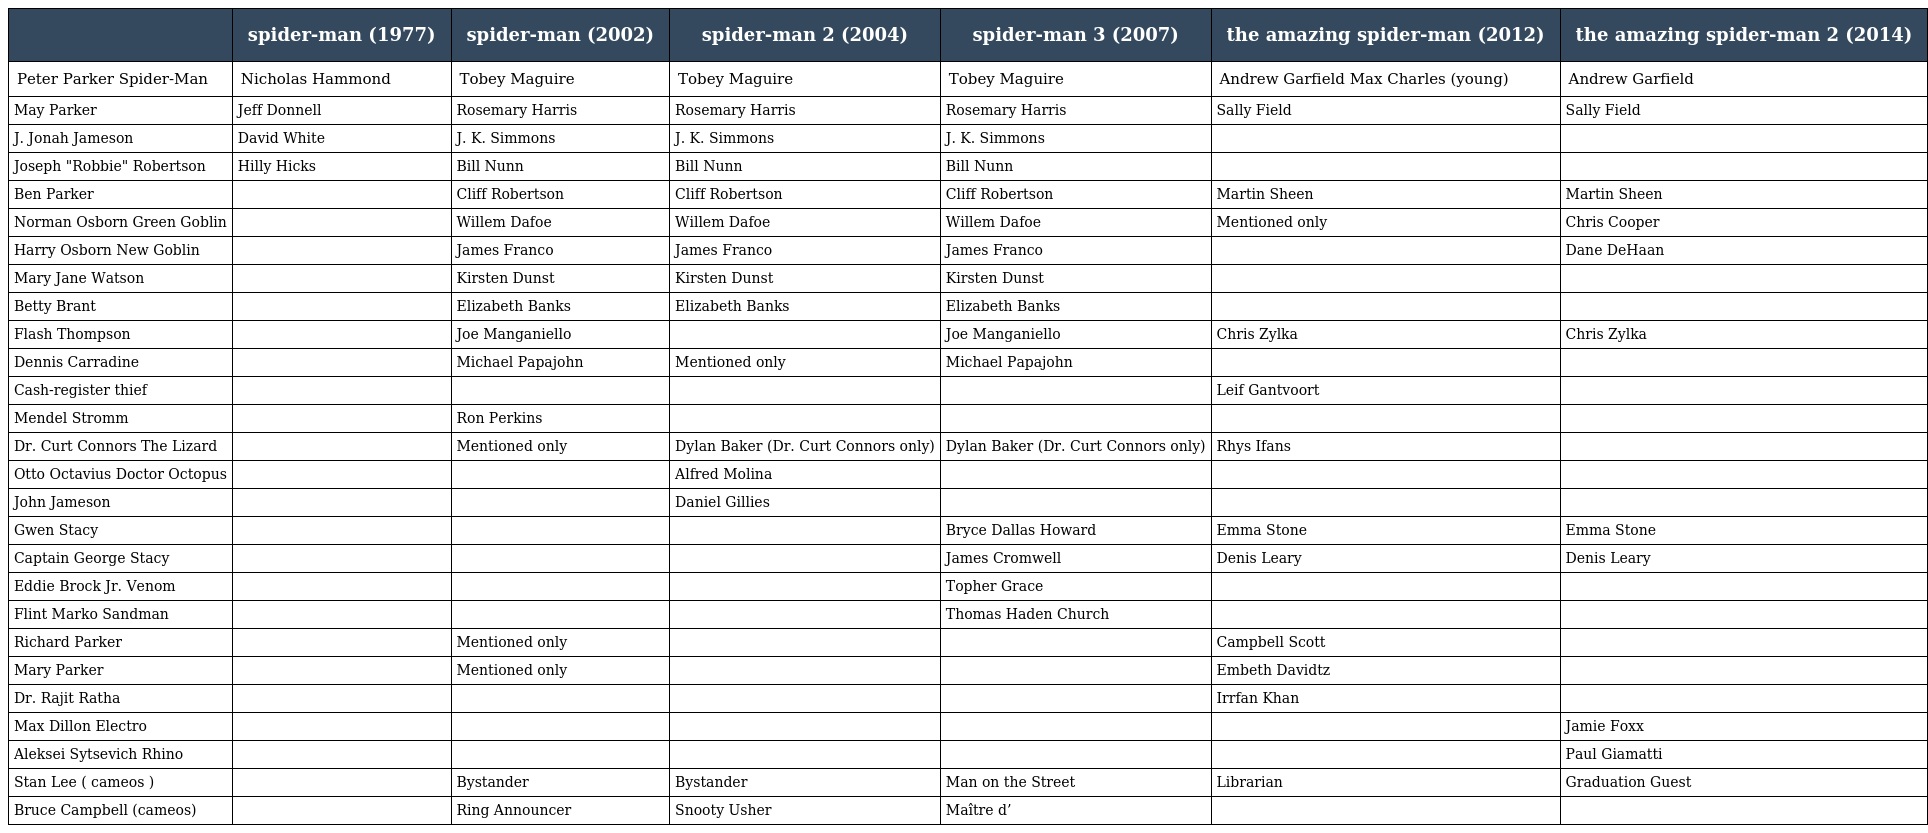
|  | spider-man (1977) | spider-man (2002) | spider-man 2 (2004) | spider-man 3 (2007) | the amazing spider-man (2012) | the amazing spider-man 2 (2014) |
 | --- | --- | --- | --- | --- | --- | --- |
 | Peter Parker Spider-Man | Nicholas Hammond | Tobey Maguire | Tobey Maguire | Tobey Maguire | Andrew Garfield Max Charles (young) | Andrew Garfield |
 | May Parker | Jeff Donnell | Rosemary Harris | Rosemary Harris | Rosemary Harris | Sally Field | Sally Field |
 | J. Jonah Jameson | David White | J. K. Simmons | J. K. Simmons | J. K. Simmons |  |  |
 | Joseph "Robbie" Robertson | Hilly Hicks | Bill Nunn | Bill Nunn | Bill Nunn |  |  |
 | Ben Parker |  | Cliff Robertson | Cliff Robertson | Cliff Robertson | Martin Sheen | Martin Sheen |
 | Norman Osborn Green Goblin |  | Willem Dafoe | Willem Dafoe | Willem Dafoe | Mentioned only | Chris Cooper |
 | Harry Osborn New Goblin |  | James Franco | James Franco | James Franco |  | Dane DeHaan |
 | Mary Jane Watson |  | Kirsten Dunst | Kirsten Dunst | Kirsten Dunst |  |  |
 | Betty Brant |  | Elizabeth Banks | Elizabeth Banks | Elizabeth Banks |  |  |
 | Flash Thompson |  | Joe Manganiello |  | Joe Manganiello | Chris Zylka | Chris Zylka |
 | Dennis Carradine |  | Michael Papajohn | Mentioned only | Michael Papajohn |  |  |
 | Cash-register thief |  |  |  |  | Leif Gantvoort |  |
 | Mendel Stromm |  | Ron Perkins |  |  |  |  |
 | Dr. Curt Connors The Lizard |  | Mentioned only | Dylan Baker (Dr. Curt Connors only) | Dylan Baker (Dr. Curt Connors only) | Rhys Ifans |  |
 | Otto Octavius Doctor Octopus |  |  | Alfred Molina |  |  |  |
 | John Jameson |  |  | Daniel Gillies |  |  |  |
 | Gwen Stacy |  |  |  | Bryce Dallas Howard | Emma Stone | Emma Stone |
 | Captain George Stacy |  |  |  | James Cromwell | Denis Leary | Denis Leary |
 | Eddie Brock Jr. Venom |  |  |  | Topher Grace |  |  |
 | Flint Marko Sandman |  |  |  | Thomas Haden Church |  |  |
 | Richard Parker |  | Mentioned only |  |  | Campbell Scott |  |
 | Mary Parker |  | Mentioned only |  |  | Embeth Davidtz |  |
 | Dr. Rajit Ratha |  |  |  |  | Irrfan Khan |  |
 | Max Dillon Electro |  |  |  |  |  | Jamie Foxx |
 | Aleksei Sytsevich Rhino |  |  |  |  |  | Paul Giamatti |
 | Stan Lee ( cameos ) |  | Bystander | Bystander | Man on the Street | Librarian | Graduation Guest |
 | Bruce Campbell (cameos) |  | Ring Announcer | Snooty Usher | Maître d’ |  |  |